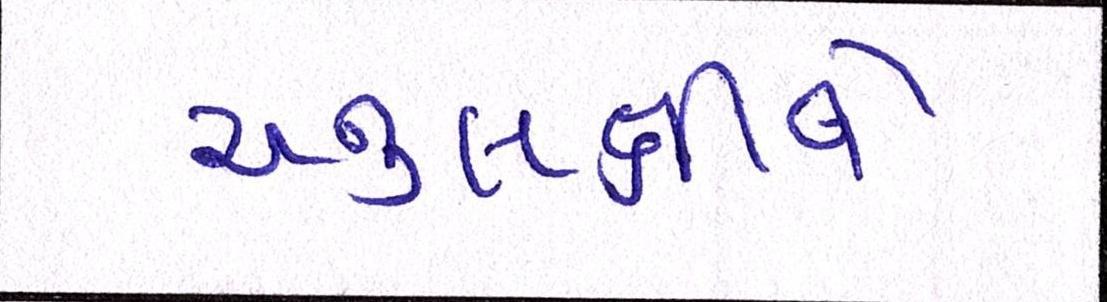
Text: અનુલક્ષીને